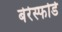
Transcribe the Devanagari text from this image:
बेरेस्फोर्ड